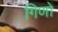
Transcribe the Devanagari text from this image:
गिणों